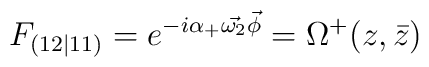
F_{(12\vert 11)} = e^{-i\alpha_+\vec{\omega_2}\vec\phi} = \Omega^+(z,\bar z)